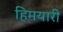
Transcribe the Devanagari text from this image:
हिमयारी